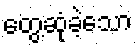
တွေ့ဆုံခဲ့သော